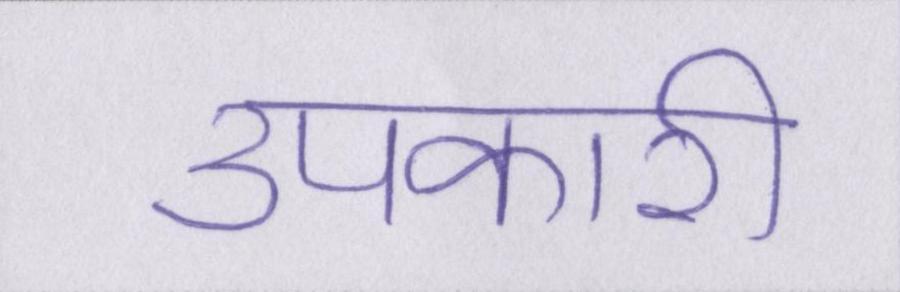
उपकारी